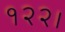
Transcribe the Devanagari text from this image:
१२२।